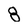
Character: 8